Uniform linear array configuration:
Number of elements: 8
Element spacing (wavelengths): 0.5
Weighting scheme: blackman
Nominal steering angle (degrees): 45
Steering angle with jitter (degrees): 45.496
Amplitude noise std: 0.05
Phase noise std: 0.05

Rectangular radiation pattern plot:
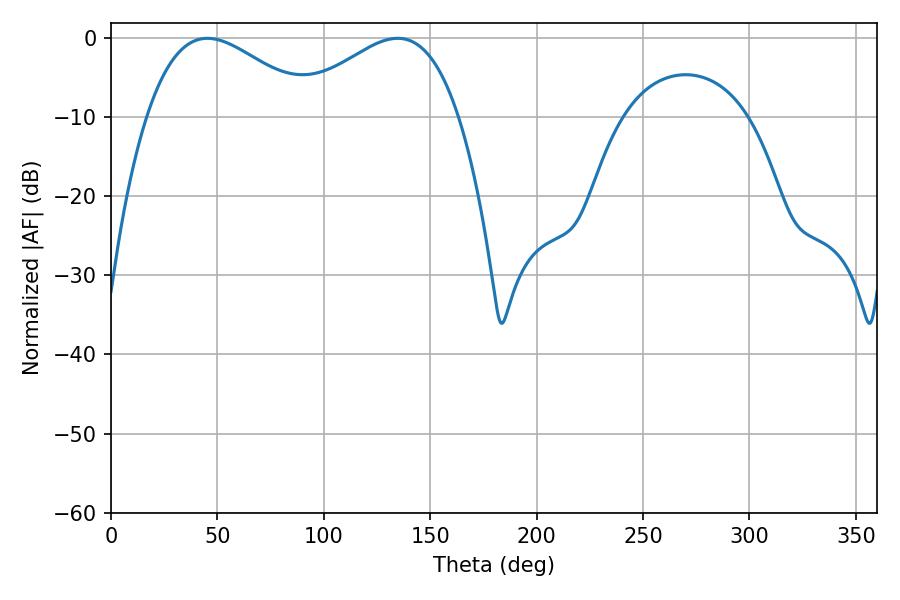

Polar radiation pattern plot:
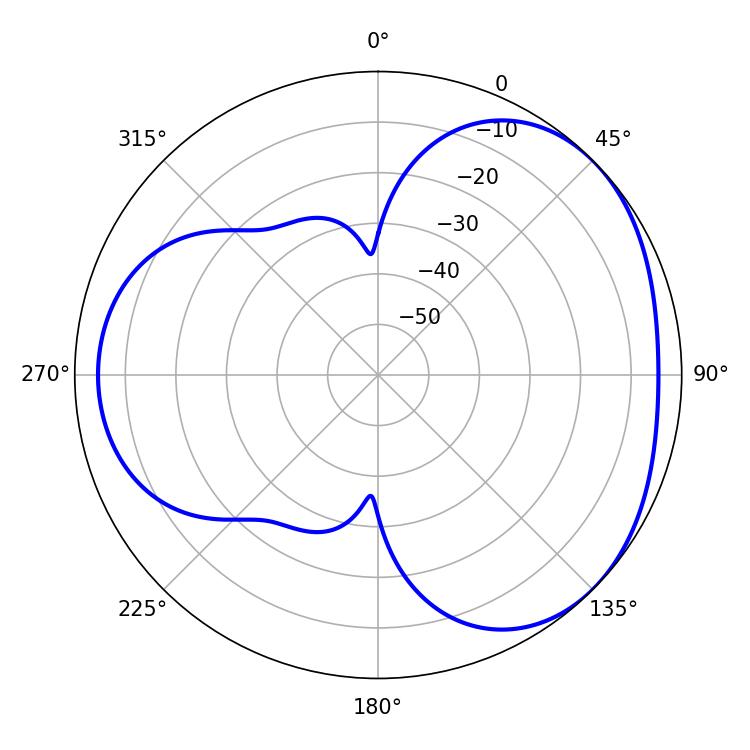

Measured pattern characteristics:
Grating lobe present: FALSE
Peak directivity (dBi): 3.419
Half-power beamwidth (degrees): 42.48
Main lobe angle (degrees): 45.36